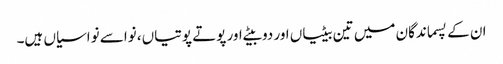
ان کے پسماندگان میں تین بیٹیاں اور دو بیٹے اور پوتے پوتیاں، نواسے نواسیاں ہیں۔